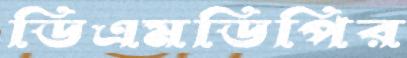
ডিএমডিপির